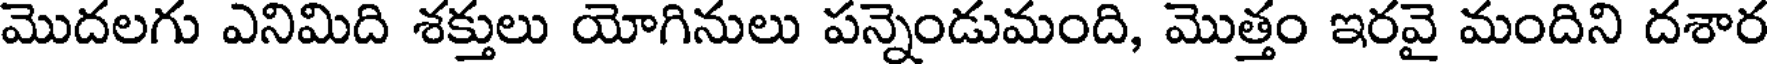
మొదలగు ఎనిమిది శక్తులు యోగినులు పన్నెండుమంది, మొత్తం ఇరవై మందిని దశార